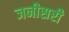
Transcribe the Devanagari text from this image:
जनीसरी